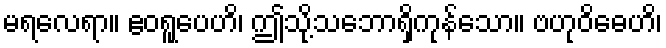
မရလေရာ။ ဧဝရူပေဟိ၊ ဤသို့သဘောရှိကုန်သော။ ဗဟုဝိဓေဟိ၊